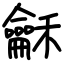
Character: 龢